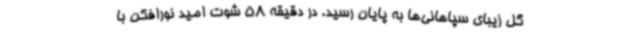
گل زیبای سپاهانی‌ها به پایان رسید. در دقیقه 58 شوت امید نورافکن با